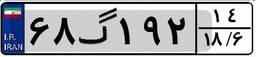
۶۸گ۱۹۲۱۴